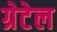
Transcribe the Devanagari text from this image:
ग्रेटेल